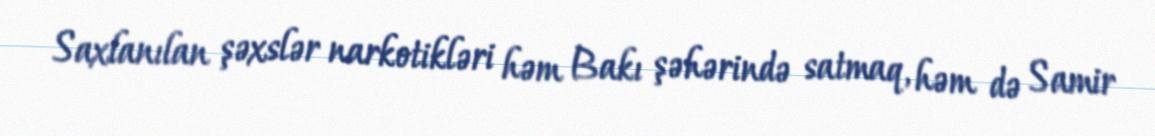
Saxlanılan şəxslər narkotikləri həm Bakı şəhərində satmaq, həm də Samir